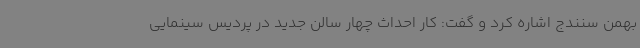
بهمن سنندج اشاره کرد و گفت: کار احداث چهار سالن جدید در پردیس سینمایی